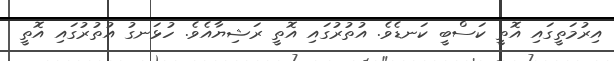
އިރުމަތީގައި އޮތީ ކަސްބީ ކަނޑެވެ. އުތުރުގައި އޮތީ ރަޝިޔާއެވެ. ހުޅަނގު އުތުރުގައި އޮތީ